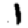
Digit: 1